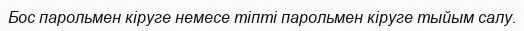
Бос парольмен кіруге немесе тіпті парольмен кіруге тыйым салу.